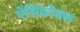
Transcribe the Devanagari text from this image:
ऐसिंक्रोनस